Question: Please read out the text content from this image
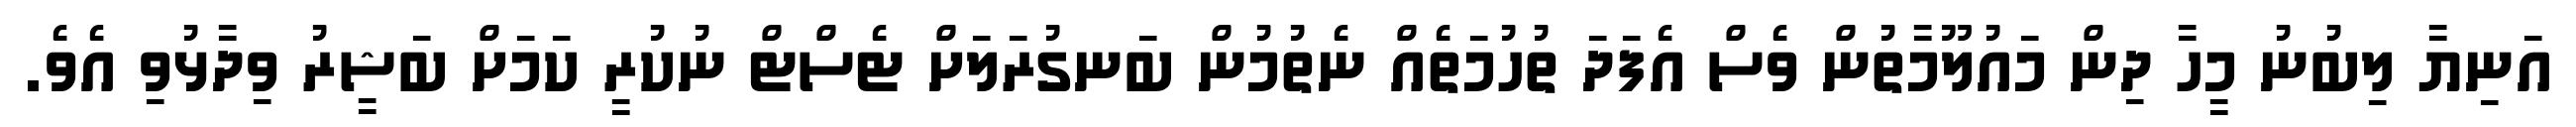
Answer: އަނިޔާ ލިބުނު މީހާ ދިން މައުލޫމާތުން ވެސް އެފަދަ ތުހުމަތެއް ނެތުމުން ބަނގުރަލަށް ޓެސްޓް ނުކުރީ ކަމަށް ބަޝީރު ވިދާޅުވި އެވެ.